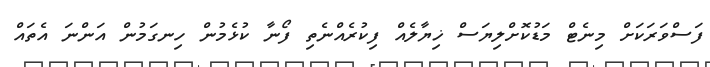
ފަސްވަރަކަށް މިނެޓް މަޑުކޮށްލިޔަސް ޚިޔާލެއް ފިކުރެއްނެތި ފޯނާ ކުޅެމުން ހިނގަމުން އަންނަ އެތައް